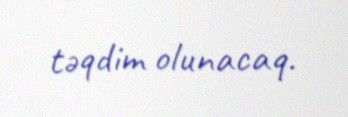
təqdim olunacaq.